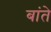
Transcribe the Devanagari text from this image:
बांते